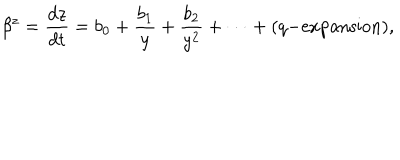
\beta ^ { z } = \frac { d z } { d t } = b _ { 0 } + \frac { b _ { 1 } } { y } + \frac { b _ { 2 } } { y ^ { 2 } } + \dots + ( q \mathrm { - e x p a n s i o n } ) ,